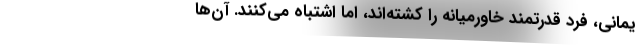
یمانی، فرد قدرتمند خاورمیانه را کشته‌اند، اما اشتباه می‌کنند. آن‌ها